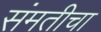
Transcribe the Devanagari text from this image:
संमतीचा